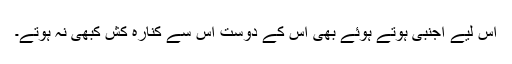
اس لیے اجنبی ہوتے ہوئے بھی اس کے دوست اس سے کنارہ کش کبھی نہ ہوتے۔